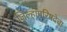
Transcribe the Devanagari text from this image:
जिल्हापरिषदेचा